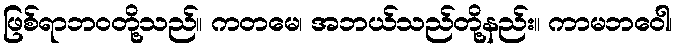
ဖြစ်ရာဘဝတို့သည်။ ကတမေ၊ အဘယ်သည်တို့နည်း။ ကာမဘဝေါ၊